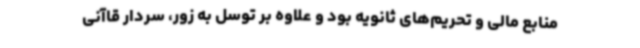
منابع مالی و تحریم‌های ثانویه بود و علاوه بر توسل به زور، سردار قاآنی